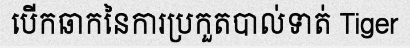
បើកឆាកនៃការប្រកួតបាល់ទាត់ Tiger